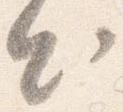
出